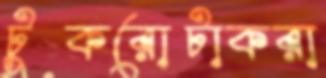
টুকরোটাকরা